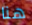
هنا